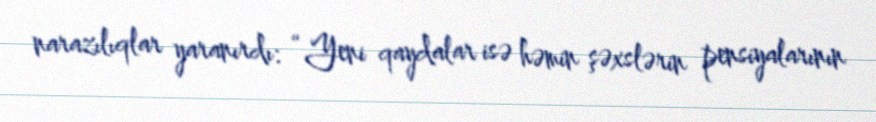
narazılıqlar yaranırdı: “Yeni qaydalar isə həmin şəxslərin pensiyalarının